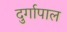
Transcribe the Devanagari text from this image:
दुर्गापाल